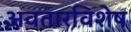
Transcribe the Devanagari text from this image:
अवतारविशेष